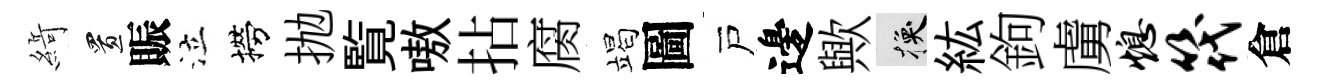
𦂶置賑泣撈抛覧嗷拈腐竭圖戸邊歟换紘鉤虜熄筏倉